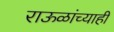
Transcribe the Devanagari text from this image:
राऊळांच्याही